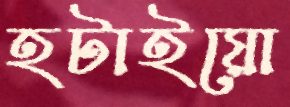
হটাইয়ো